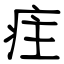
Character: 疰